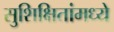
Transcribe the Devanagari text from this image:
सुशिक्षितांमध्ये